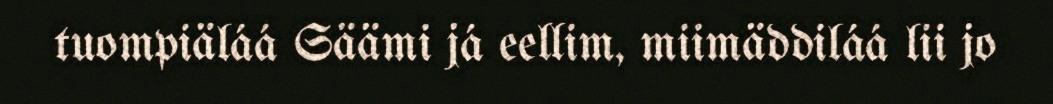
tuompiäláá Säämi já eellim, miimäddiláá lii jo